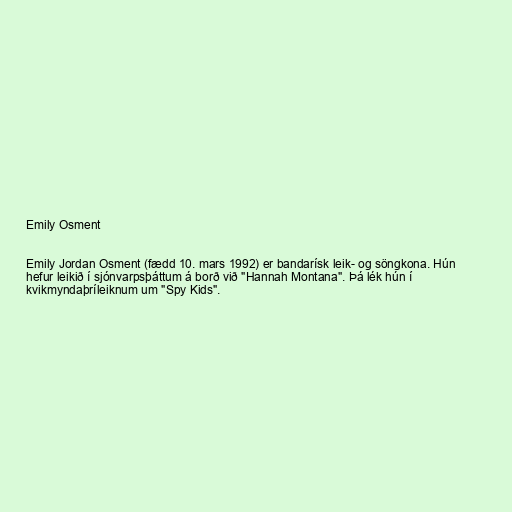
Emily Osment

Emily Jordan Osment (fædd 10. mars 1992) er bandarísk leik- og söngkona. Hún
hefur leikið í sjónvarpsþáttum á borð við "Hannah Montana". Þá lék hún í
kvikmyndaþríleiknum um "Spy Kids".